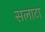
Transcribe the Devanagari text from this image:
सलाटा